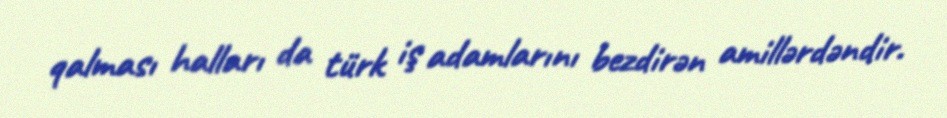
qalması halları da türk iş adamlarını bezdirən amillərdəndir.